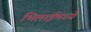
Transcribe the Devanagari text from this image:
भिलाईमध्ये